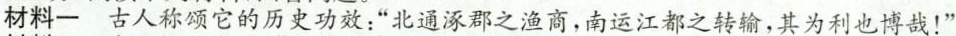
材料一古人称颂它的历史功效：”北通涿郡之渔商，南运江都之转输，其为利也博哉！”